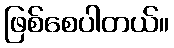
ဖြစ်စေပါတယ်။